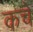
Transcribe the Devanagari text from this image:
कचे